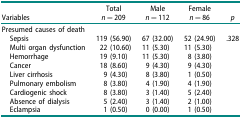
| Variables | Total n = 209 |  | Male n = 112 | Female n = 86 | p |
 | --- | --- | --- | --- | --- | --- |
 | <COLSPAN=4> Presumed causes of death |  |  |
 | Sepsis |  | 119 (56.90) | 67 (32.00) | 52 (24.90) | .328 |
 | Multi organ dysfunction |  | 22 (10.60) | 11 (5.30) | 11 (5.30) |  |
 | Hemorrhage |  | 19 (9.10) | 11 (5.30) | 8 (3.80) |  |
 | Cancer |  | 18 (8.60) | 9 (4.30) | 9 (4.30) |  |
 | Liver cirrhosis |  | 9 (4.30) | 8 (3.80) | 1 (0.50) |  |
 | Pulmonary embolism |  | 8 (3.80) | 4 (1.90) | 4 (1.90) |  |
 | Cardiogenic shock |  | 8 (3.80) | 3 (1.40) | 5 (2.40) |  |
 | Absence of dialysis |  | 5 (2.40) | 3 (1.40) | 2 (1.00) |  |
 | Eclampsia |  | 1 (0.50) | 0 (0.00) | 1 (0.50) |  |